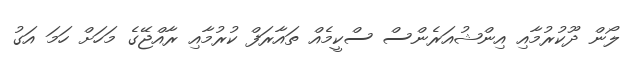
ލޯން ދޫކުރުމާއި އިންޝުއަރެންސް ސްކީމެއް ތައާރަފް ކުރުމާއި ރާއްޖޭގެ މަހަށް ހަމަ އަގު